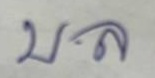
บ.ล